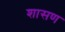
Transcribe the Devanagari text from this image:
शासण